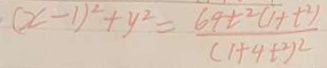
( 2 - 1 ) ^ { 2 } + y ^ { 2 } = \frac { 6 4 t ^ { 2 } ( 1 + t ^ { 2 } ) } { ( 1 + 4 + t ^ { 2 } ) ^ { 2 } }